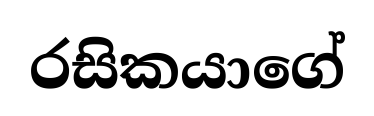
රසිකයාගේ